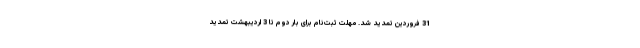
31 فروردین تمدید شد. مهلت ثبت‌نام برای بار دوم تا 3 اردیبهشت تمدید